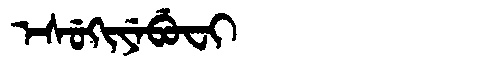
Manchu: ᡝᠰᡠᡴᡳᠶᡝᠪᡠᠸᡳ
Romanization: ESUKIYEBUFI